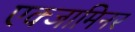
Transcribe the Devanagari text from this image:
एक्जामिनर